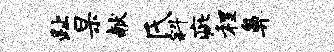
趾杲献氏斜疵程鼻